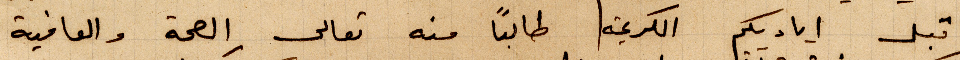
اقبل اياديكم الكريمة طالبًا منه تعالى الصحة والعافية